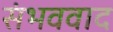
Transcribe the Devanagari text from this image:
संभववाद